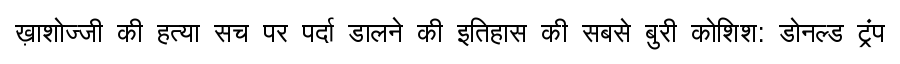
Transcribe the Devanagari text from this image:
ख़ाशोज्जी की हत्या सच पर पर्दा डालने की इतिहास की सबसे बुरी कोशिश: डोनल्ड ट्रंप